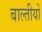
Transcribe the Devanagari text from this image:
बाल्तीयों